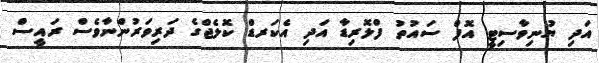
އަދި ޔުނިވާސިޓީ އޮފް ސައުތު ފްލޮރިޑާ އަދި އެކަރޑް ކޮލެޖްގެ ދަރިވަރުންނާވެސް ރައީސް